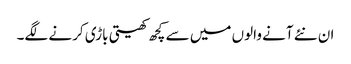
ان نئے آنے والوں میں سے کچھ کھیتی باڑی کرنے لگے۔